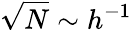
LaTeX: \sqrt{N}\sim h^{-1}